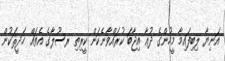
އަނިޔާ ލިބިފައިމާ މީހުންގެ ދުޢާ އިޖާބަ ކުރައްވާނެކަން ކީރިތި ރސޫލާގެ އެތައް ޙަދީޘަކުން